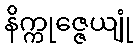
နိက္ကုဇ္ဇေယျုံ